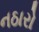
નઠારો